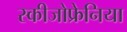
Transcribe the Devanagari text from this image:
स्कीजोफ्रेनिया